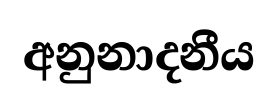
අනුනාදනීය